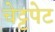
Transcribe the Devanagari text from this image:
चेट्टपेट